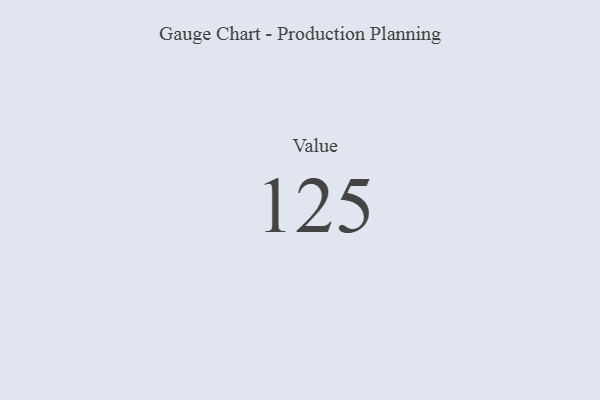
{"axis": {"x": "Metric", "y": "Value"}, "legend": [""], "data": [{"x": "Value", "y": 125, "type": ""}]}